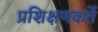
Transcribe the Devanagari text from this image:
प्रशिक्षणकर्ते